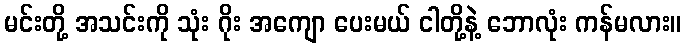
မင်းတို့ အသင်းကို သုံး ဂိုး အကျော ပေးမယ် ငါတို့နဲ့ ဘောလုံး ကန်မလား။